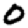
Digit: 0